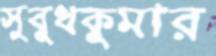
সুবুধকুমার